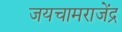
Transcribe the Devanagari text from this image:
जयचामराजेंद्र